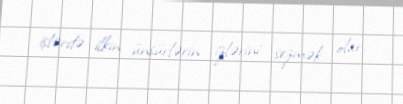
işlərdə ilkin ünsürlərin izlərini sezmək olar.